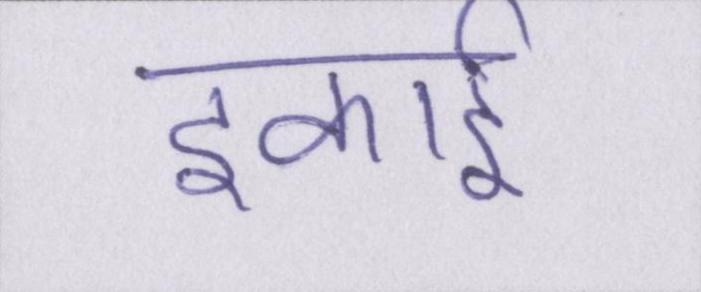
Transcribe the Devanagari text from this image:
इकाई